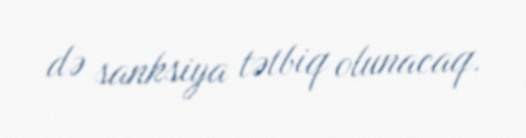
də sanksiya tətbiq olunacaq.